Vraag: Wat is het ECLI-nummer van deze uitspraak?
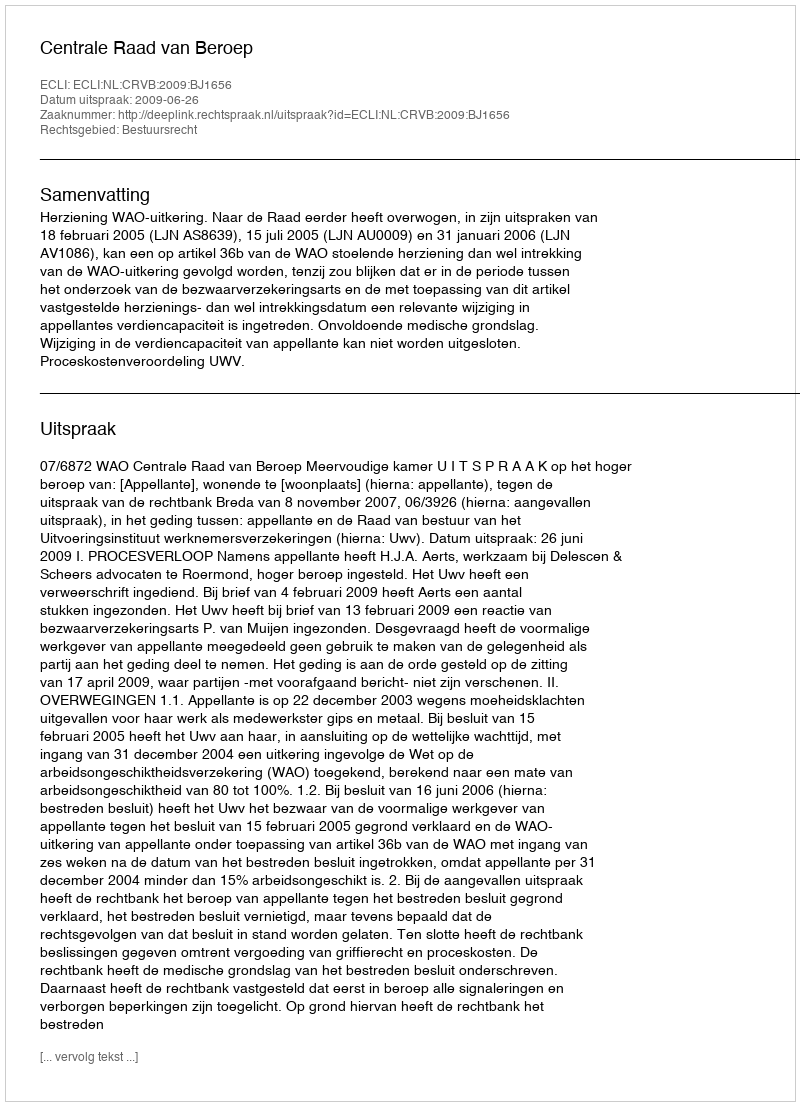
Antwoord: ECLI:NL:CRVB:2009:BJ1656